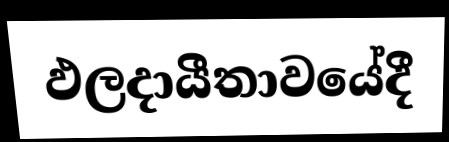
ඵලදායීතාවයේදී